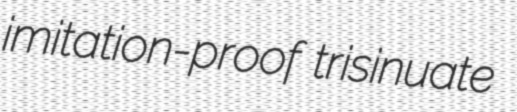
imitation-proof trisinuate